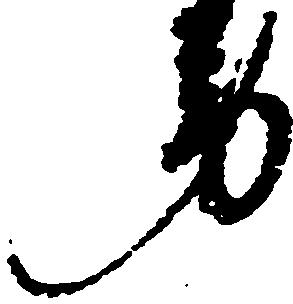
労